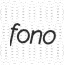
fono